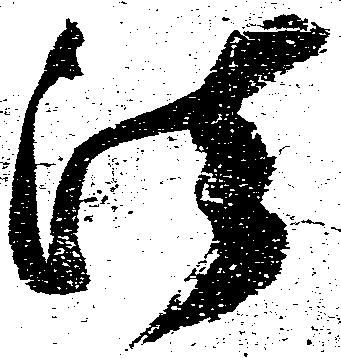
法